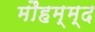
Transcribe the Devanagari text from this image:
मौहम्म्द